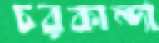
চরকান্দা